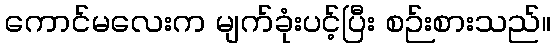
ကောင်မလေးက မျက်ခုံးပင့်ပြီး စဉ်းစားသည်။